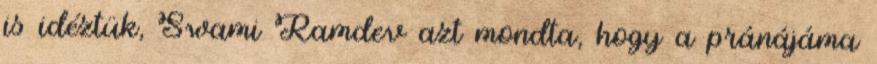
is idéztük, Swami Ramdev azt mondta, hogy a pránájáma